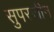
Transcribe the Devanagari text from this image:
सुपरजीन